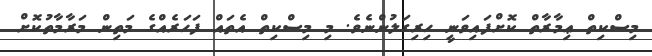
މިސްކިތް ޢިމާރާތް ކޮށްފައިވަނީ ހިރިގަލުންނެވެ. މި މިސްކިތް އެތައް ފަހަރެއްގެ މަތިން މަރާމާތުކޮށް